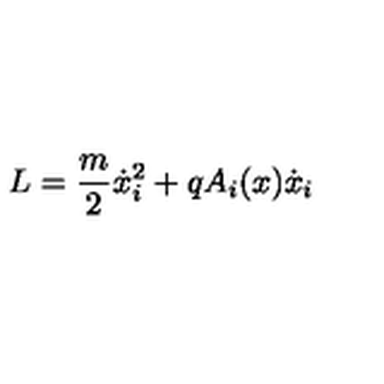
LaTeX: L = \frac { m } { 2 } \dot { x } _ { i } ^ { 2 } + q A _ { i } ( x ) \dot { x } _ { i }